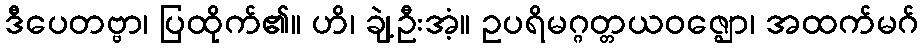
ဒီပေတဗ္ဗာ၊ ပြထိုက်၏။ ဟိ၊ ချဲ့ဦးအံ့။ ဥပရိမဂ္ဂတ္တယဝဇ္ဈော၊ အထက်မဂ်